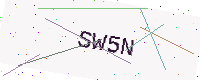
Text: SW5N